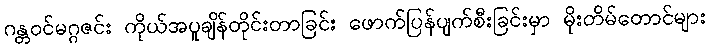
ဂန္တဝင်မဂ္ဂဇင်း ကိုယ်အပူချိန်တိုင်းတာခြင်း ဖောက်ပြန်ပျက်စီးခြင်းမှာ မိုးတိမ်တောင်များ